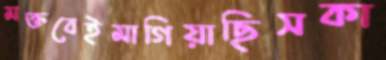
মক্তবেইমাগিয়াছিসকা